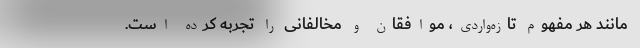
مانند هر مفهوم تازه‌واردی، موافقان و مخالفانی را تجربه کرده است.